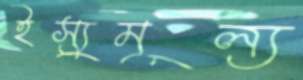
ইস্যুমূল্য